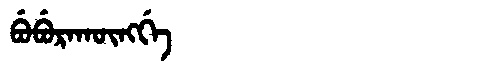
Manchu: ᠪᡠᠪᡠᡵᠠᡴᡡᠩᡤᡝ
Romanization: BUBURAKŪNGGE